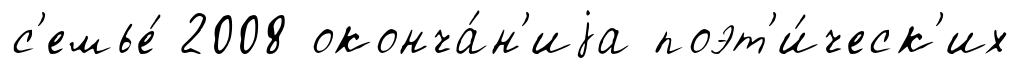
с'емье́ 2008 оконча́н'иjа поэт'и́ческ'их